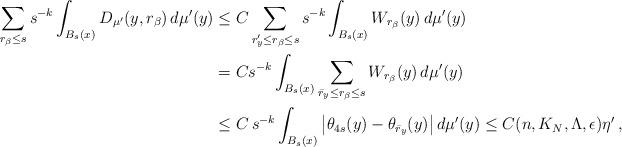
LaTeX: \begin{align*}\sum_{r_\beta\leq s} s^{-k}\int_{B_s(x)} D_{\mu'}(y,r_\beta)\,d\mu'(y) &\leq C\sum_{r'_y\leq r_\beta\leq s} s^{-k}\int_{B_s(x)}W_{r_\beta}(y)\,d\mu'(y)\\&=C s^{-k}\int_{B_s(x)}\sum_{\bar r_y\leq r_\beta\leq s}W_{r_\beta}(y)\,d\mu'(y)\\&\leq C\, s^{-k}\int_{B_s(x)}\big|\theta_{4s}(y)-\theta_{\bar r_y}(y)\big| \,d\mu'(y)\leq C(n,K_N,\Lambda,\epsilon)\eta'\, ,\end{align*}